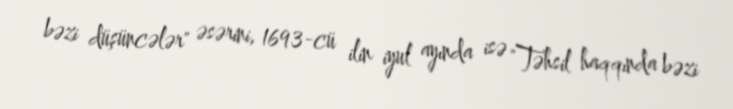
bəzi düşüncələr" əsərini, 1693-cü ilin iyul ayında isə "Təhsil haqqında bəzi